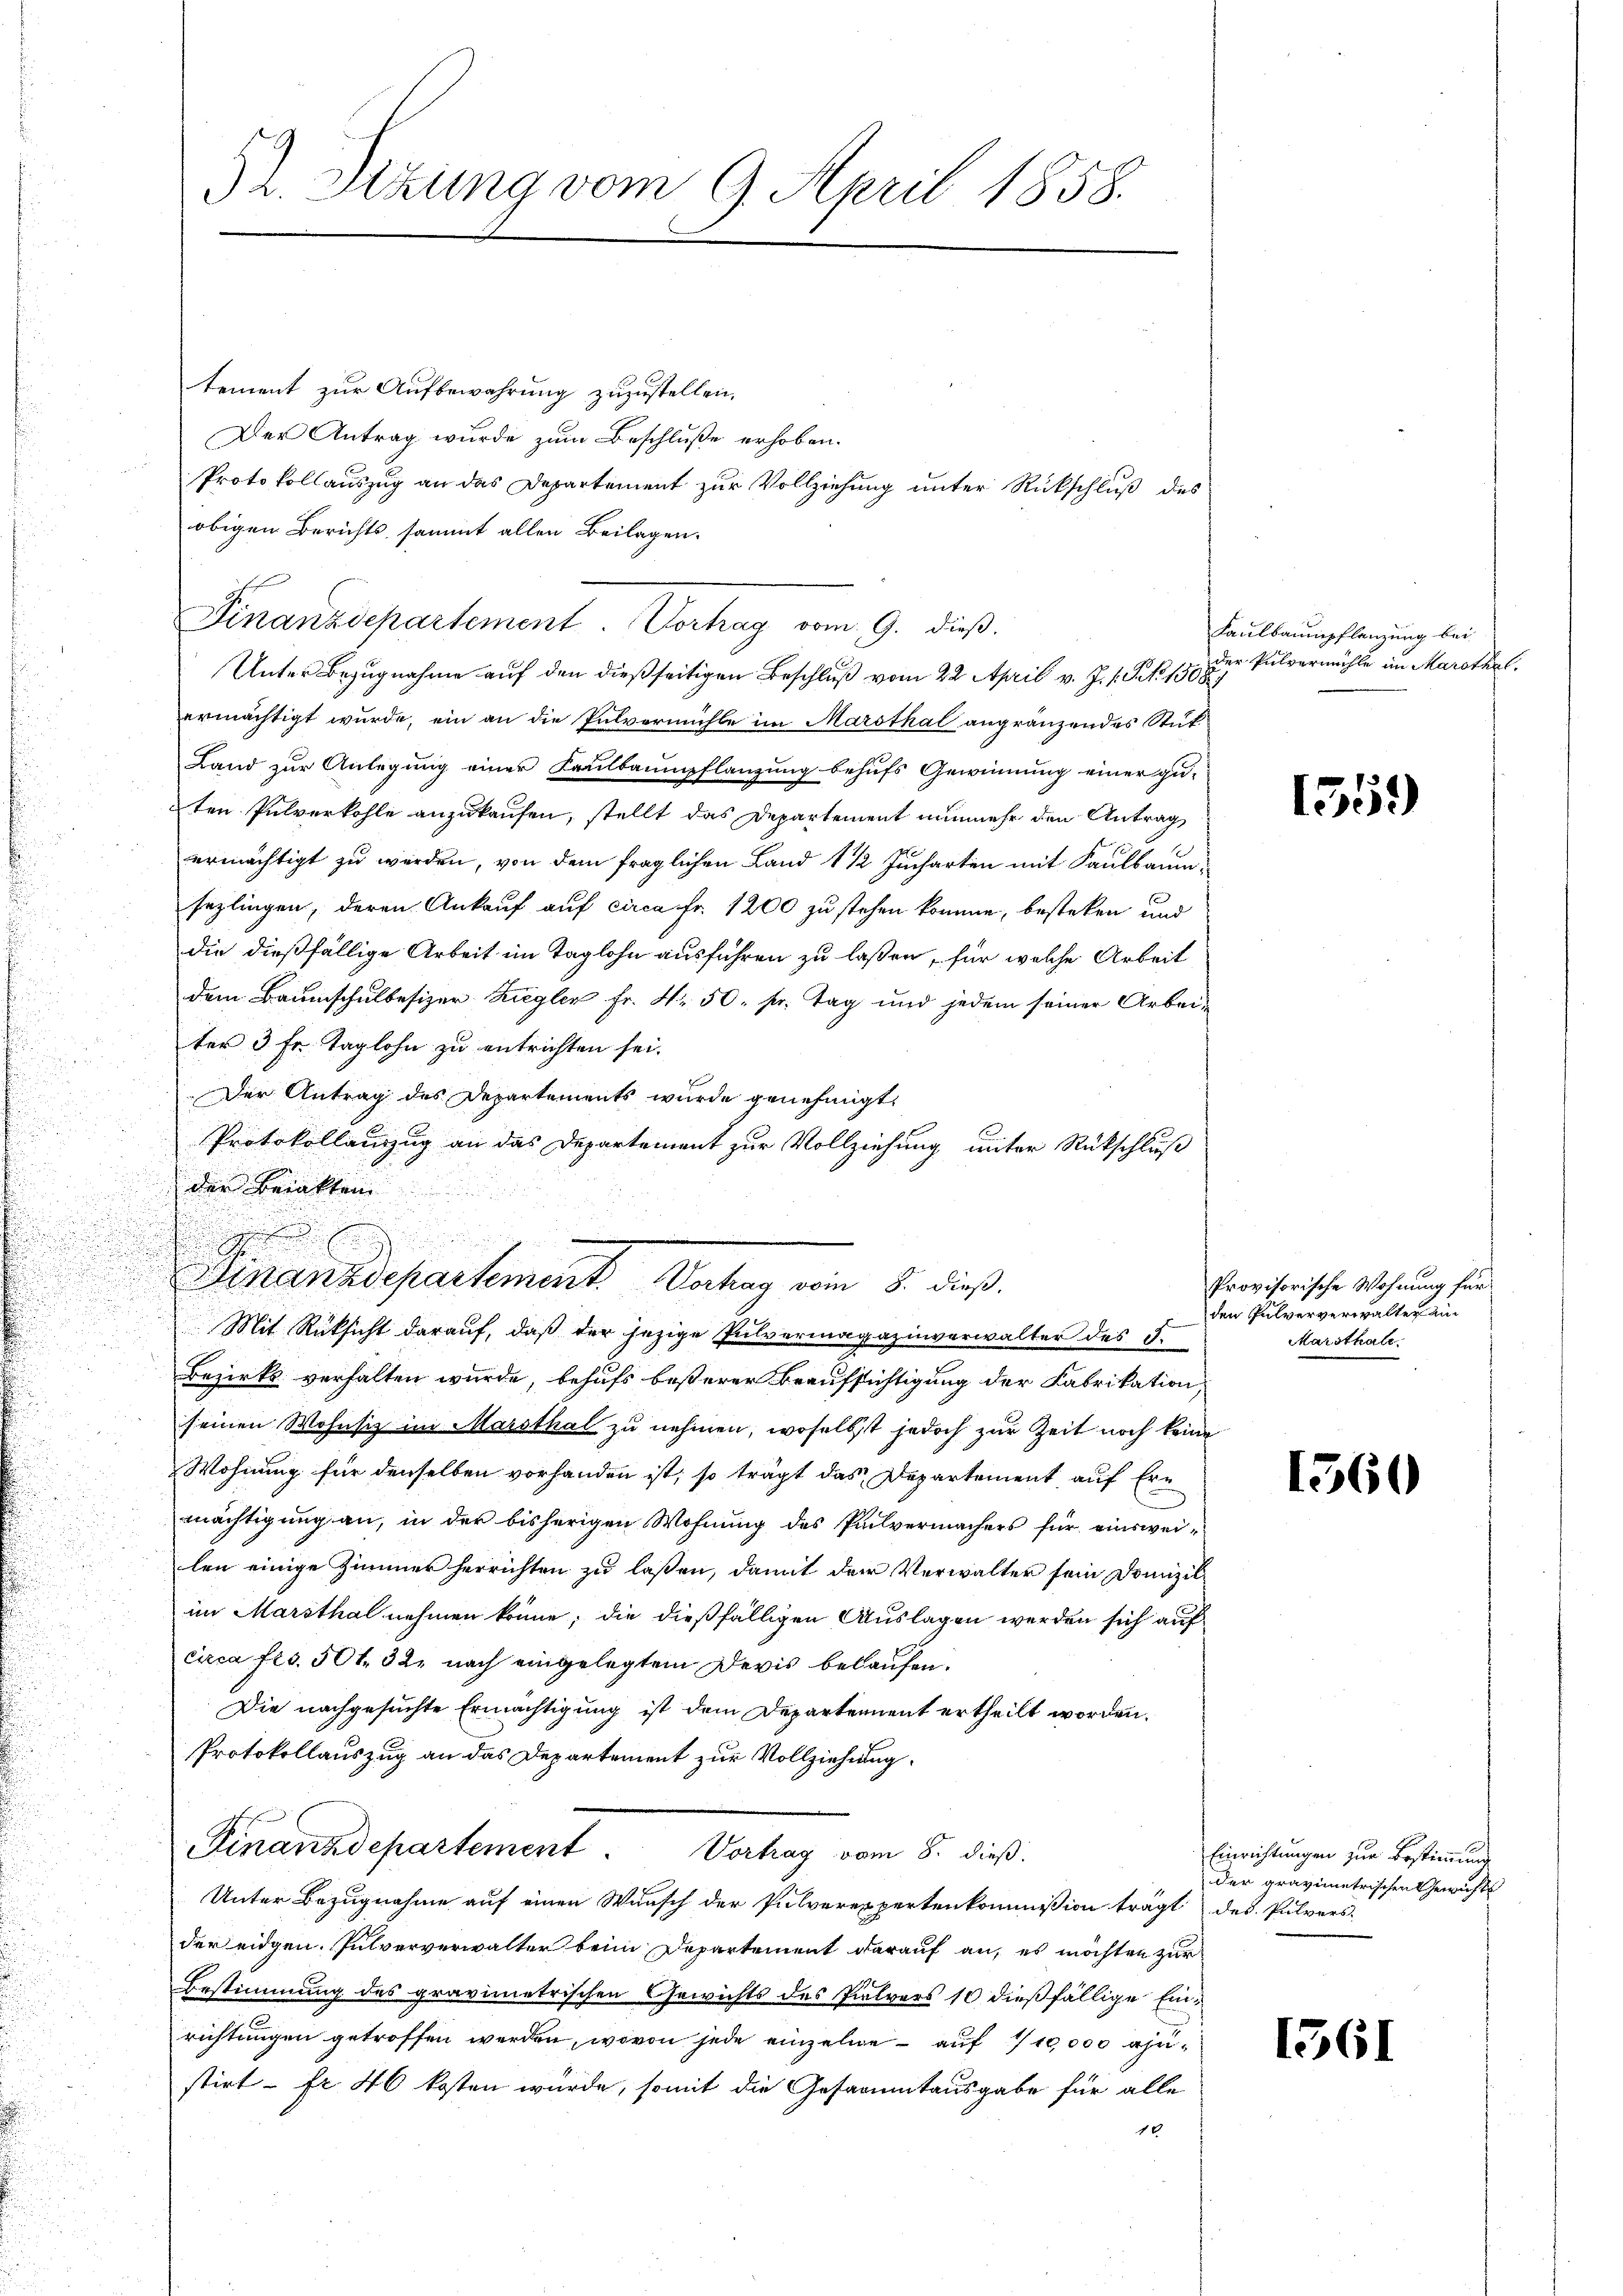
52. Sizung vom 9. April 1858.

tement zur Aufbewahrung zuzustellen.
Der Antrag wurde zum Beschluße erhoben.
obigen Berichts, sammt allen Beilagen.
ermächtigt wurde, ein an die Pulvermühle im Marsthal angränzendes Stut¬
Land zur Anlegung einer Kaulbaumpflanzung behufs Gewinnung einer gu-
ten Pulverkohle anzukaufen, stellt das Departement nunmehr den Antrag
ermächtigt zu werden, von dem fraglichen Land 1 1/2 Jucharten mit Kaulbaumsezlingen, deren Ankauf auf circa Fr. 1200 zu stehen kommen, besteken und
die dießfällige Arbeit im Taglohn ausführen zu laßen, für welche Arbeit
dem Baumschulbesizer Ziegler Fr. Nr. 50. pr. Tag und jedem seiner Arbeiter 3 Fr. Taglohn zu entrichten sei.
Der Antrag des Departements wurde genehmigt,
Protokollanzug an das Departement zur Vollziehung unter Rückschluß
der Berakten.
.
Finanzdepartement, Vertag von 5. dieß.
Mit Rücksicht darauf, daß der jezige Pulvermagazinverwalter des 5.
Bezirks verhalten wurde, behufs besserer Beaufsichtigung der Fabrikation,
seinen Wohnsiz im Massthal zu nehmen, woselbst jedoch zur Zeit noch keine
Wohnung für denselben vorhanden ist, so trägt das Departement auf Ermächtigung an, in der bisherigen Wohnung des Pulvermachers für einsweilen einige Zimmer herrichten zu laßen, damit der Verwalter sein Domizil
im Marsthal nehmen könne, die dießfälligen Auslagen werden sich auf
circa flo. 501. 32. nach eingelegtem Devis belaufen.
Die nachgesuchte Ermächtigung ist dem Departement ertheilt worden.
Protokollauszug an das Departement zur Vollziehung
Finanzdepartement. Vortrag vom 8. dieß.
Unter Bezugnahme auf einen Wunsch der Pulverexpertenkommißion trägt
der eidgen. Pulververwalter beim Departement darauf an, es möchten zur
Bestimmung des gravimetrischen Gewichts des Pulvers 10 dießfällige Einrichtungen getroffen werden, wovon jede einzelne – auf 1/10,000 anstirt - fr. 40 kosten wurde, somit die Gesammtausgabe für alle
16

Protokollauszug an das Departement zur Vollziehung unter Rückschluß des

Finanzdepartement. Vortrag vom 9. dieβ.
Unter Bezugnahme auf den dießseitigen Beschluß vom 22. April v. J. s. S. 1508

Kaulbaumpflanzung bei
der Pulvermühle im Marotkal.

1559

Provisorische Wohnung für
den Pulververwalter ei
Marsthale.

1560

Einrichtungen zur Bestimmung
der gravimetrischen Gewichts
des Pulvers.

1361